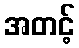
အတင့်